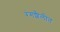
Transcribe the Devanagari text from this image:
रंगशैलीत